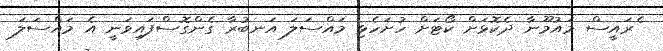
ެރައީސް މައުމޫނާ ދެކޮޅަށް ކޯޓަށް ހުށަހެޅި މައްސަލަ އަނބުރާ ގެންގޮސްފައިވަނީ އެ މައްސަލަ